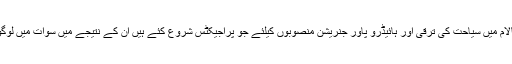
انھوں نے کہا کہ صوبائی حکومت نے مالم جبہ اور کالام میں سیاحت کی ترقی اور ہائیڈرو پاور جنریشن منصوبوں کیلئے جو پراجیکٹس شروع کئے ہیں ان کے نتیجے میں سوات میں لوگوں کی زندگی میں مثبت اور دیرپا تبدیلی رونما ہو گی۔